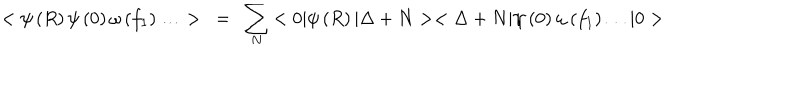
< \psi \left( R \right) \psi \left( 0 \right) \omega \left( f _ { 1 } \right) \ldots > ~ = ~ \sum _ { N } { < 0 | \psi \left( R \right) | \Delta + N > < \Delta + N | \psi \left( 0 \right) \omega \left( f _ { 1 } \right) \ldots | 0 > }